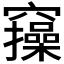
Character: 𥩃